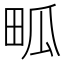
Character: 畖